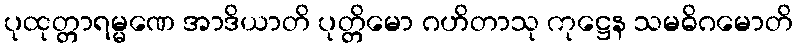
ပုထုတ္တာရမ္မဏေ အာဒိယာတိ ပုတ္တိမော ဂဟိတာသု ကုဋ္ဌေန သမဓိဂမောတိ